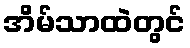
အိမ်သာထဲတွင်